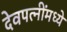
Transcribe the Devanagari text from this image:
देवपत्‍नींमध्ये